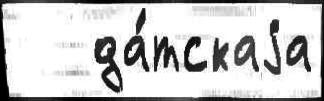
   да́тскаjа